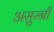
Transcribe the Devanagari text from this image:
असुरनी